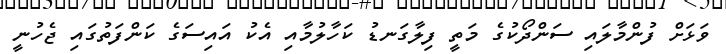
ވަޅަށް ފުންމާލައި ސަންދޯކުގެ މަތީ ފިލާގަނޑު ކަހާލުމާއި އެކު އައިސަގެ ކަންފަތުގައި ޖެހުނީ